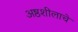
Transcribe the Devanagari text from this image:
अष्ठशीलाचे